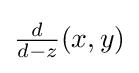
{\tfrac {d}{d-z}}(x,y)